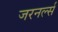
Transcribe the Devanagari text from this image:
जरनर्ल्स